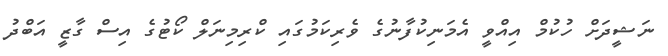
ނަޝީދަށް ހުކުމް އިއްވީ އެމަނިކުފާނުގެ ވެރިކަމުގައި ކްރިމިނަލް ކޯޓުގެ އިސް ގާޒީ އަބްދު